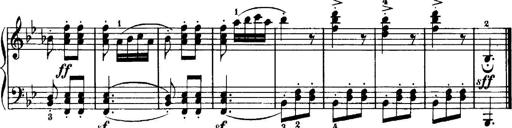
Title: 7 Sonatinas
Composer: Anton Diabelli